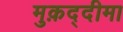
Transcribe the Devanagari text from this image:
मुक़द्दीमा